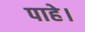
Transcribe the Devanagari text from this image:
पाहे।